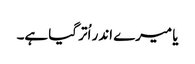
یا میرے اندر اُتر گیا ہے۔